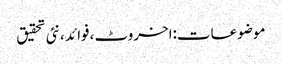
موضوعات:اخروٹ ،فوائد ،نئی تحقیق